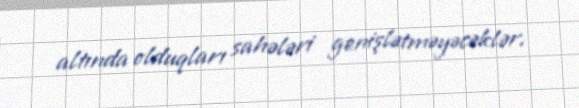
altında olduqları sahələri genişlətməyəcəklər.